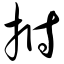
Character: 拊